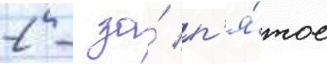
2 - за́ п'я́тое